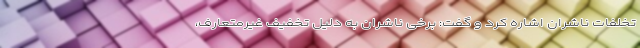
تخلفات ناشران اشاره کرد و گفت: برخی ناشران به دلیل تخفیف غیرمتعارف،